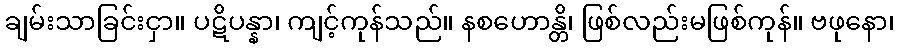
ချမ်းသာခြင်းငှာ။ ပဋိပန္နာ၊ ကျင့်ကုန်သည်။ နစဟောန္တိ၊ ဖြစ်လည်းမဖြစ်ကုန်။ ဗဖုနော၊